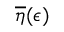
\overline { { \eta } } ( \epsilon )